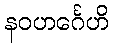
နဝဟင်္ဂေဟိ